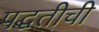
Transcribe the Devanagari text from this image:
पद्घतीची